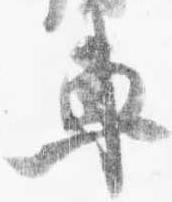
車